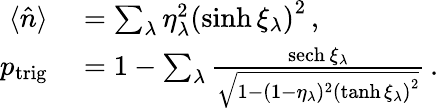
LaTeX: \begin{array}{rl}{\langle\hat{n}\rangle}&{{}=\sum_{\lambda}\eta_{\lambda}^{2}\left(\sinh\xi_{\lambda}\right)^{2}\, ,}\\ {p_{\mathrm{trig}}}&{{}=1-\sum_{\lambda}\frac{\mathrm{sech}\, \xi_{\lambda}}{\sqrt{1-(1-\eta_{\lambda})^{2}\left(\operatorname{tanh}\xi_{\lambda}\right)^{2}}}\, .}\end{array}